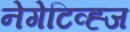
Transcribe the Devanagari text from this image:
नेगेटिव्ह्ज